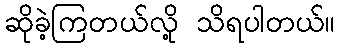
ဆိုခဲ့ကြတယ်လို့ သိရပါတယ်။